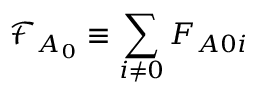
\mathcal { F } _ { A _ { 0 } } \equiv \sum _ { i \neq 0 } F _ { A 0 i }